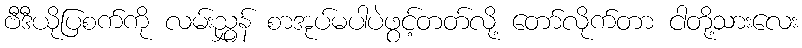
ဗီဒီယိုပြစက်ကို လမ်းညွှန် စာအုပ်မပါပဲဖွင့်တတ်လို့ တော်လိုက်တာ ငါတို့သားလေး